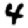
Digit: 4